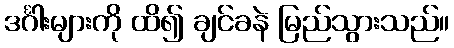
ဒင်္ဂါးများကို ထိ၍ ချင်ခနဲ မြည်သွားသည်။